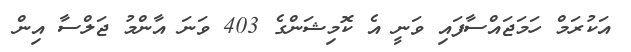
އަކުރަމް ހަމަޖައްސާފައި ވަނީ އެ ކޮމިޝަންގެ 403 ވަނަ އާންމު ޖަލްސާ އިން